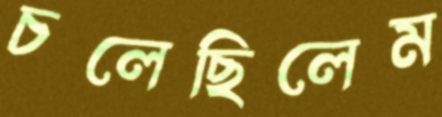
চলেছিলেম